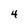
Character: 4